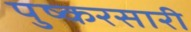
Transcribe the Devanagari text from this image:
पुष्करसारी